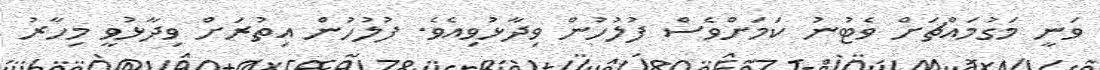
ވަނީ މަގުމައްޗަށް ވެޓުނު ކަމަށްވެސް ފުލުހުން ވިދާޅުވިއެވެ. ފުލުހުން އިތުރަށް ވިދާޅުވީ މިހާރު